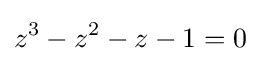
z^{3}-z^{2}-z-1=0